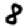
Digit: 8